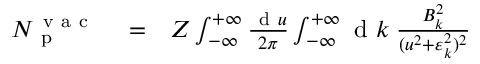
\begin{array} { r l r } { N _ { \mathrm { ~ p ~ } } ^ { \mathrm { ~ v ~ a ~ c ~ } } } & { { } = } & { Z \int _ { - \infty } ^ { + \infty } \frac { \ensuremath { \mathrm { ~ d ~ } } u } { 2 \pi } \int _ { - \infty } ^ { + \infty } \ensuremath { \mathrm { ~ d ~ } } k \; \frac { B _ { k } ^ { 2 } } { ( u ^ { 2 } + \varepsilon _ { k } ^ { 2 } ) ^ { 2 } } \phantom { x x x x x x x x x } } \end{array}